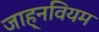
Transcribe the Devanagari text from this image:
जाह्नवियम